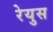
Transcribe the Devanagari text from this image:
रेयुस